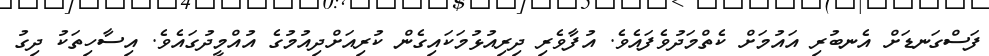
ފަސްގަނޑަށް އެނބުރި އައުމަށް ކެތްމަދުވެފައެވެ. އުފާވެރި ދިިރިއުޅުމަކައިގެން ކުރިއަށްދިއުމުގެ އުއްމީދުގައެވެ. އިސާހިތަކު ދިގު